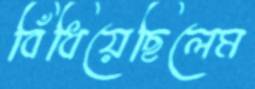
বিঁধিয়েছিলেম